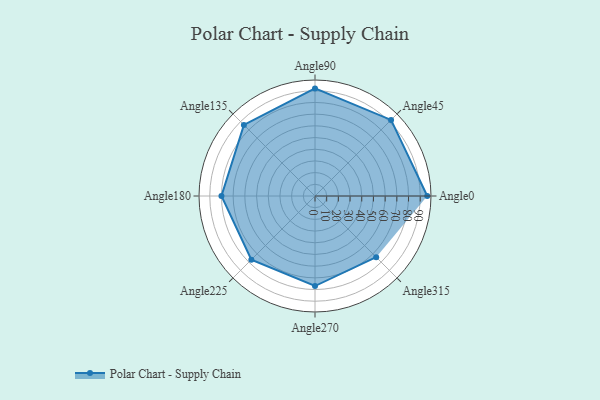
{"axis": {"x": "Angle", "y": "Radius"}, "legend": [""], "data": [{"x": "Angle0", "y": 96.0, "type": ""}, {"x": "Angle45", "y": 92.0, "type": ""}, {"x": "Angle90", "y": 92.0, "type": ""}, {"x": "Angle135", "y": 86.0, "type": ""}, {"x": "Angle180", "y": 80.0, "type": ""}, {"x": "Angle225", "y": 77.0, "type": ""}, {"x": "Angle270", "y": 77.0, "type": ""}, {"x": "Angle315", "y": 74.0, "type": ""}]}